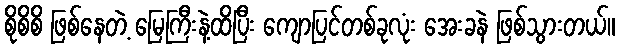
စိုစိစိ ဖြစ်နေတဲ့ မြေကြီးနဲ့ထိပြီး ကျောပြင်တစ်ခုလုံး အေးခနဲ ဖြစ်သွားတယ်။